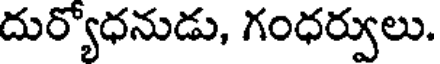
దుర్యోధనుడు, గంధర్వులు.